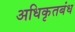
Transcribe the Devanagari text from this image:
अधिकृतबंध